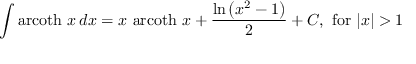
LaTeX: \int \operatorname { a r c o t h } \, x \, d x = x \, \operatorname { a r c o t h } \, x + { \frac { \ln \left( x ^ { 2 } - 1 \right) } { 2 } } + C , { \mathrm { ~ f o r ~ } } \vert x \vert > 1